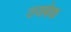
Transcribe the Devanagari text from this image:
उजबेक